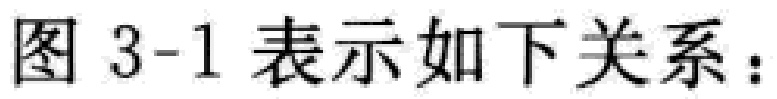
图 3-1 表示如下关系：